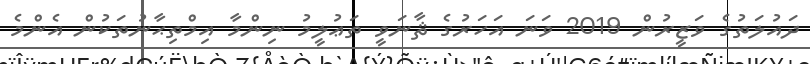
ދައުލަތުގެ ވަޒީރުން 2019 ވަނަ އަހަރުގެ ޘާނަވީ ތަޢުލީމު ނިންމާ އިމްތިޙާނުތަކުން އެންމެ